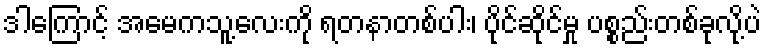
ဒါကြောင့် အမေကသူ့လေးကို ရတနာတစ်ပါး၊ ပိုင်ဆိုင်မှု ပစ္စည်းတစ်ခုလို့ပဲ